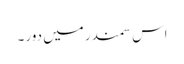
اس سمندر میں دور ۔